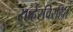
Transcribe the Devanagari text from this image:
सर्व्हरविरहित